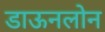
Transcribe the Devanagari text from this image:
डाऊनलोन